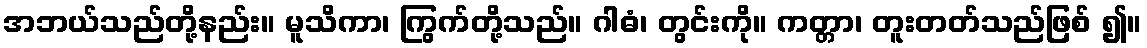
အဘယ်သည်တို့နည်း။ မူသိကာ၊ ကြွက်တို့သည်။ ဂါဓံ၊ တွင်းကို။ ကတ္တာ၊ တူးတတ်သည်ဖြစ် ၍။